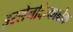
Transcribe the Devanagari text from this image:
इस्लेनदिन्काबोक